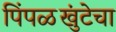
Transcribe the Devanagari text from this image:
पिंपळखुंटेचा